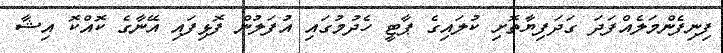
ފިނިފެންމަލެއްފަދަ ގަދަފިޔާތޮށި ކުލައިގެ ޕާޓީ ހެދުމުގައި އުފަލުން ފޮޅިފައި އޭނާގެ ކޮއްކޮ އިޝާ